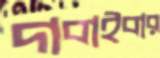
দাবাইবার